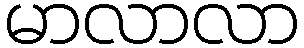
မာလာလာ